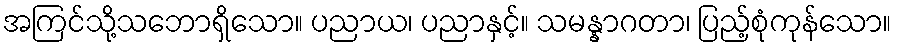
အကြင်သို့သဘောရှိသော။ ပညာယ၊ ပညာနှင့်။ သမန္နာဂတာ၊ ပြည့်စုံကုန်သော။